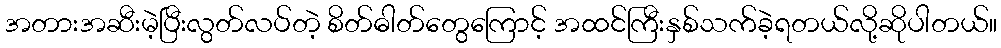
အတားအဆီးမဲ့ပြီးလွတ်လပ်တဲ့ စိတ်ဓါတ်တွေကြောင့် အထင်ကြီးနှစ်သက်ခဲ့ရတယ်လို့ဆိုပါတယ်။